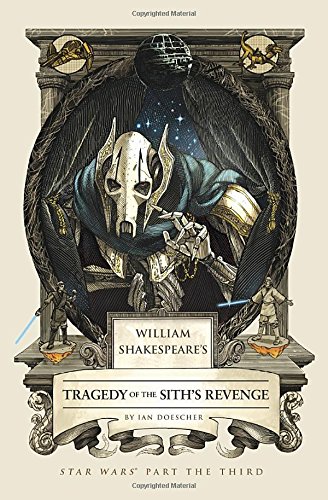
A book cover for William Shakespeare's Tragedy of the Sith's Revenge: Star Wars Part the Third (William Shakespeare's Star Wars); Ian Doescher; Literature & Fiction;